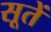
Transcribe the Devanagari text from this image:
सूतें